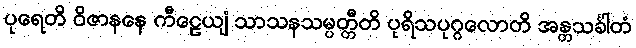
ပုရေတိ ဝိဇာနနေ ကီဠေယျံ သာသနသမ္ပတ္တီတိ ပုရိသပုဂ္ဂလောတိ အန္တသင်္ခါတံ